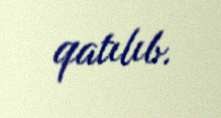
qatılıb.